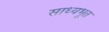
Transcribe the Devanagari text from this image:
साध्यभूत